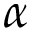
\alpha